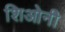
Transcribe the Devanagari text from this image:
शिओनी